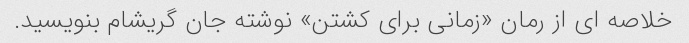
خلاصه ای از رمان «زمانی برای کشتن» نوشته جان گریشام بنویسید.